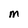
Character: M